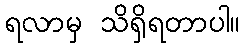
ရလာမှ သိရှိရတာပါ။